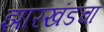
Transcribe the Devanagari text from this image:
झारखंडचा